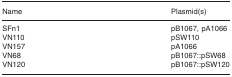
| Name | Plasmid(s) |
 | --- | --- |
 | SFn1 | pB1067, pA1066 |
 | VN110 | pSW110 |
 | VN157 | pA1066 |
 | VN68 | pB1067::pSW68 |
 | VN120 | pB1067::pSW120 |